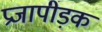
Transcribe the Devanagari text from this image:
प्रजापीड़क